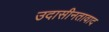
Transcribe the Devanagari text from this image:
उदासीनतावाद